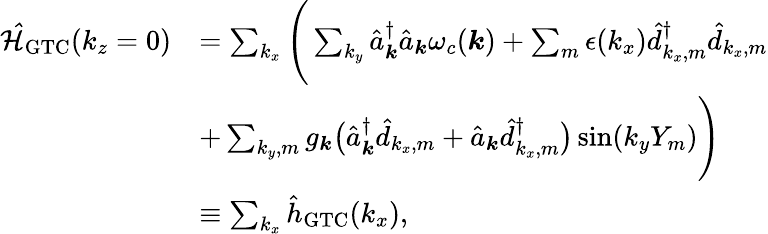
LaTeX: \begin{array}{rl}{\mathcal{\hat{H}}_{\mathrm{GTC}}(k_{z}=0)}&{=\sum_{k_{x}}\Bigg(\sum_{k_{y}}\hat{a}_{\boldsymbol k}^{\dagger}\hat{a}_{\boldsymbol k}\omega_{c}({\boldsymbol k})+\sum_{m}\epsilon(k_{x})\hat{d}_{k_{x},m}^{\dagger}\hat{d}_{k_{x},m}}\\ &{+\sum_{{k_{y}},m}g_{\boldsymbol k}\big(\hat{a}_{{\boldsymbol k}}^{\dagger}\hat{d}_{k_{x},m}+\hat{a}_{{\boldsymbol k}}\hat{d}_{k_{x},m}^{\dagger}\big)\sin({k_{y}}Y_{m})\Bigg)}\\ &{\equiv\sum_{k_{x}}\hat{h}_{\mathrm{GTC}}(k_{x}),}\end{array}